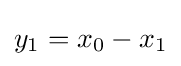
y_{1}=x_{0}-x_{1}